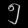
Digit: ၅